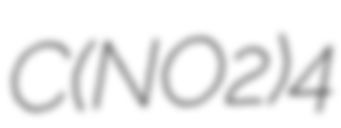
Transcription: C(NO2)4